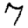
Digit: 7